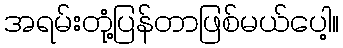
အရမ်းတုံ့ပြန်တာဖြစ်မယ်ပေါ့။